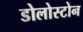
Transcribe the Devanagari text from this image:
डोलोस्टोन